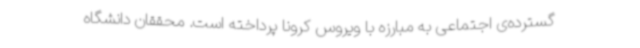
گسترده‌ی اجتماعی به مبارزه با ویروس کرونا پرداخته است. محققان دانشگاه